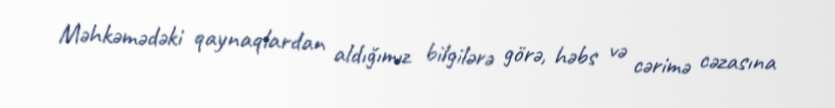
Məhkəmədəki qaynaqlardan aldığımız bilgilərə görə, həbs və cərimə cəzasına